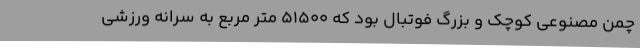
چمن مصنوعی کوچک و بزرگ فوتبال بود که 51500 متر مربع به سرانه ورزشی